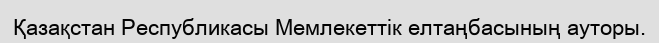
Қазақстан Республикасы Мемлекеттік елтаңбасының ауторы.